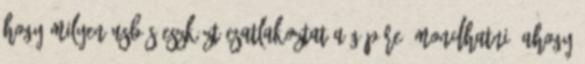
hogy milyen USB-s eszközt csatlakoztat a gépére. Mondhatni, ahogy